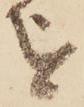
を